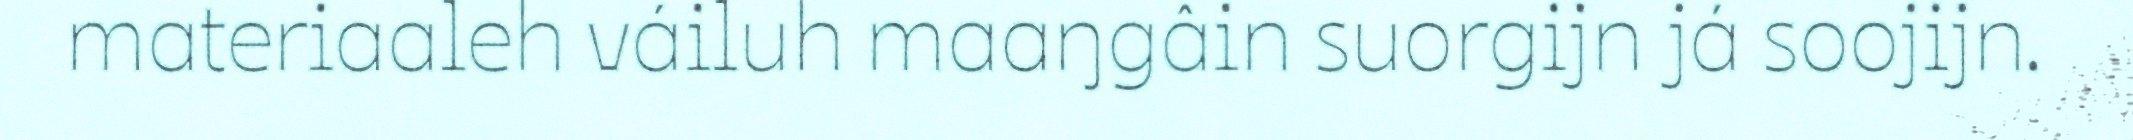
materiaaleh váiluh maaŋgâin suorgijn já soojijn.